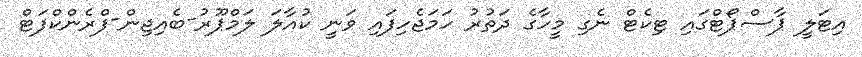
އިޓަލީ ޕާސްޕޯޓްގައި ޓިކެޓް ނެގި މީހާގެ ދަތުރު ހަމަޖެހިފައި ވަނީ ކުއާލަ ލަމްޕޫރު-ބެއިޖިން-ފްރެންކްފަޓް